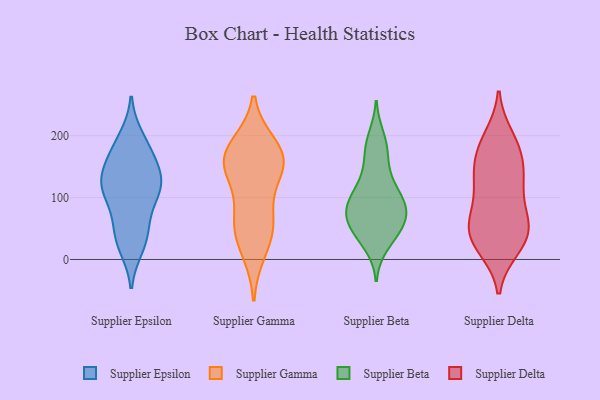
{"axis": {"x": "Churn Rate (%)", "y": "Value"}, "legend": ["Supplier Beta", "Supplier Delta", "Supplier Epsilon", "Supplier Gamma"], "data": [{"x": "", "y": 123, "type": "Supplier Epsilon"}, {"x": "", "y": 116, "type": "Supplier Epsilon"}, {"x": "", "y": 68, "type": "Supplier Epsilon"}, {"x": "", "y": 156, "type": "Supplier Epsilon"}, {"x": "", "y": 166, "type": "Supplier Epsilon"}, {"x": "", "y": 38, "type": "Supplier Epsilon"}, {"x": "", "y": 103, "type": "Supplier Epsilon"}, {"x": "", "y": 54, "type": "Supplier Epsilon"}, {"x": "", "y": 121, "type": "Supplier Epsilon"}, {"x": "", "y": 162, "type": "Supplier Epsilon"}, {"x": "", "y": 116, "type": "Supplier Epsilon"}, {"x": "", "y": 20, "type": "Supplier Epsilon"}, {"x": "", "y": 111, "type": "Supplier Epsilon"}, {"x": "", "y": 197, "type": "Supplier Epsilon"}, {"x": "", "y": 190, "type": "Supplier Epsilon"}, {"x": "", "y": 135, "type": "Supplier Epsilon"}, {"x": "", "y": 26, "type": "Supplier Epsilon"}, {"x": "", "y": 49, "type": "Supplier Gamma"}, {"x": "", "y": 60, "type": "Supplier Gamma"}, {"x": "", "y": 153, "type": "Supplier Gamma"}, {"x": "", "y": 159, "type": "Supplier Gamma"}, {"x": "", "y": 167, "type": "Supplier Gamma"}, {"x": "", "y": 182, "type": "Supplier Gamma"}, {"x": "", "y": 139, "type": "Supplier Gamma"}, {"x": "", "y": 15, "type": "Supplier Gamma"}, {"x": "", "y": 163, "type": "Supplier Gamma"}, {"x": "", "y": 67, "type": "Supplier Gamma"}, {"x": "", "y": 86, "type": "Supplier Beta"}, {"x": "", "y": 24, "type": "Supplier Beta"}, {"x": "", "y": 85, "type": "Supplier Beta"}, {"x": "", "y": 139, "type": "Supplier Beta"}, {"x": "", "y": 45, "type": "Supplier Beta"}, {"x": "", "y": 90, "type": "Supplier Beta"}, {"x": "", "y": 80, "type": "Supplier Beta"}, {"x": "", "y": 60, "type": "Supplier Beta"}, {"x": "", "y": 67, "type": "Supplier Beta"}, {"x": "", "y": 88, "type": "Supplier Beta"}, {"x": "", "y": 180, "type": "Supplier Beta"}, {"x": "", "y": 172, "type": "Supplier Beta"}, {"x": "", "y": 42, "type": "Supplier Beta"}, {"x": "", "y": 114, "type": "Supplier Beta"}, {"x": "", "y": 118, "type": "Supplier Beta"}, {"x": "", "y": 49, "type": "Supplier Beta"}, {"x": "", "y": 197, "type": "Supplier Beta"}, {"x": "", "y": 162, "type": "Supplier Delta"}, {"x": "", "y": 191, "type": "Supplier Delta"}, {"x": "", "y": 26, "type": "Supplier Delta"}, {"x": "", "y": 20, "type": "Supplier Delta"}, {"x": "", "y": 142, "type": "Supplier Delta"}, {"x": "", "y": 77, "type": "Supplier Delta"}, {"x": "", "y": 57, "type": "Supplier Delta"}, {"x": "", "y": 198, "type": "Supplier Delta"}, {"x": "", "y": 118, "type": "Supplier Delta"}, {"x": "", "y": 154, "type": "Supplier Delta"}, {"x": "", "y": 117, "type": "Supplier Delta"}, {"x": "", "y": 52, "type": "Supplier Delta"}, {"x": "", "y": 51, "type": "Supplier Delta"}, {"x": "", "y": 60, "type": "Supplier Delta"}, {"x": "", "y": 121, "type": "Supplier Delta"}, {"x": "", "y": 43, "type": "Supplier Delta"}, {"x": "", "y": 180, "type": "Supplier Delta"}, {"x": "", "y": 18, "type": "Supplier Delta"}]}